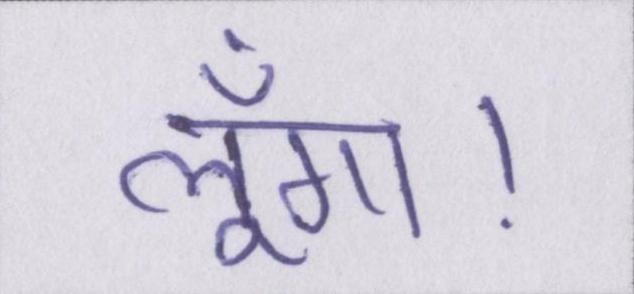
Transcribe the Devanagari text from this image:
लूँगा।